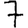
Digit: 7